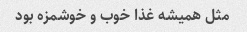
مثل همیشه غذا خوب و خوشمزه بود